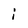
Character: i